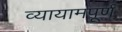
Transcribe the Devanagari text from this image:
व्यायामपूर्ण